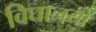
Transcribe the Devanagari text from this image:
विघालयों